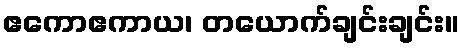
ဧကောဧကာယ၊ တယောက်ချင်းချင်း။